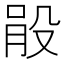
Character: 𣪓